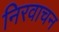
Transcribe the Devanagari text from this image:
निरवाचन